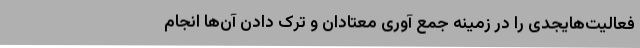
فعالیت‌هایجدی را در زمینه جمع آوری معتادان و ترک دادن آن‌ها انجام